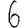
Digit: 6